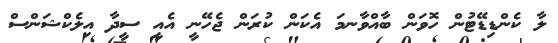
ލާ ކެންޑިޑޭޓުން ހޮވަން ބާއްވާނމަ އެކަން ކުރަން ޖެހޭނީ އެއީ ސީދާ އިލެކްޝަންސް